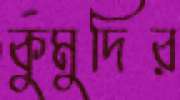
কুমুদির